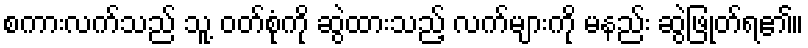
စကားလက်သည် သူ့ ဝတ်စုံကို ဆွဲထားသည့် လက်များကို မနည်း ဆွဲဖြုတ်ရ၏။